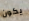
يكون